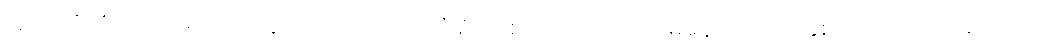
(၄) သင်္ဂဏိကာရာမတာ - ဣယာပုထ် ၄-ပါးလုံး၌ တစ်ယောက်တည်းမနေတတ်ဘဲ နှစ်ယောက် သုံးယောက်